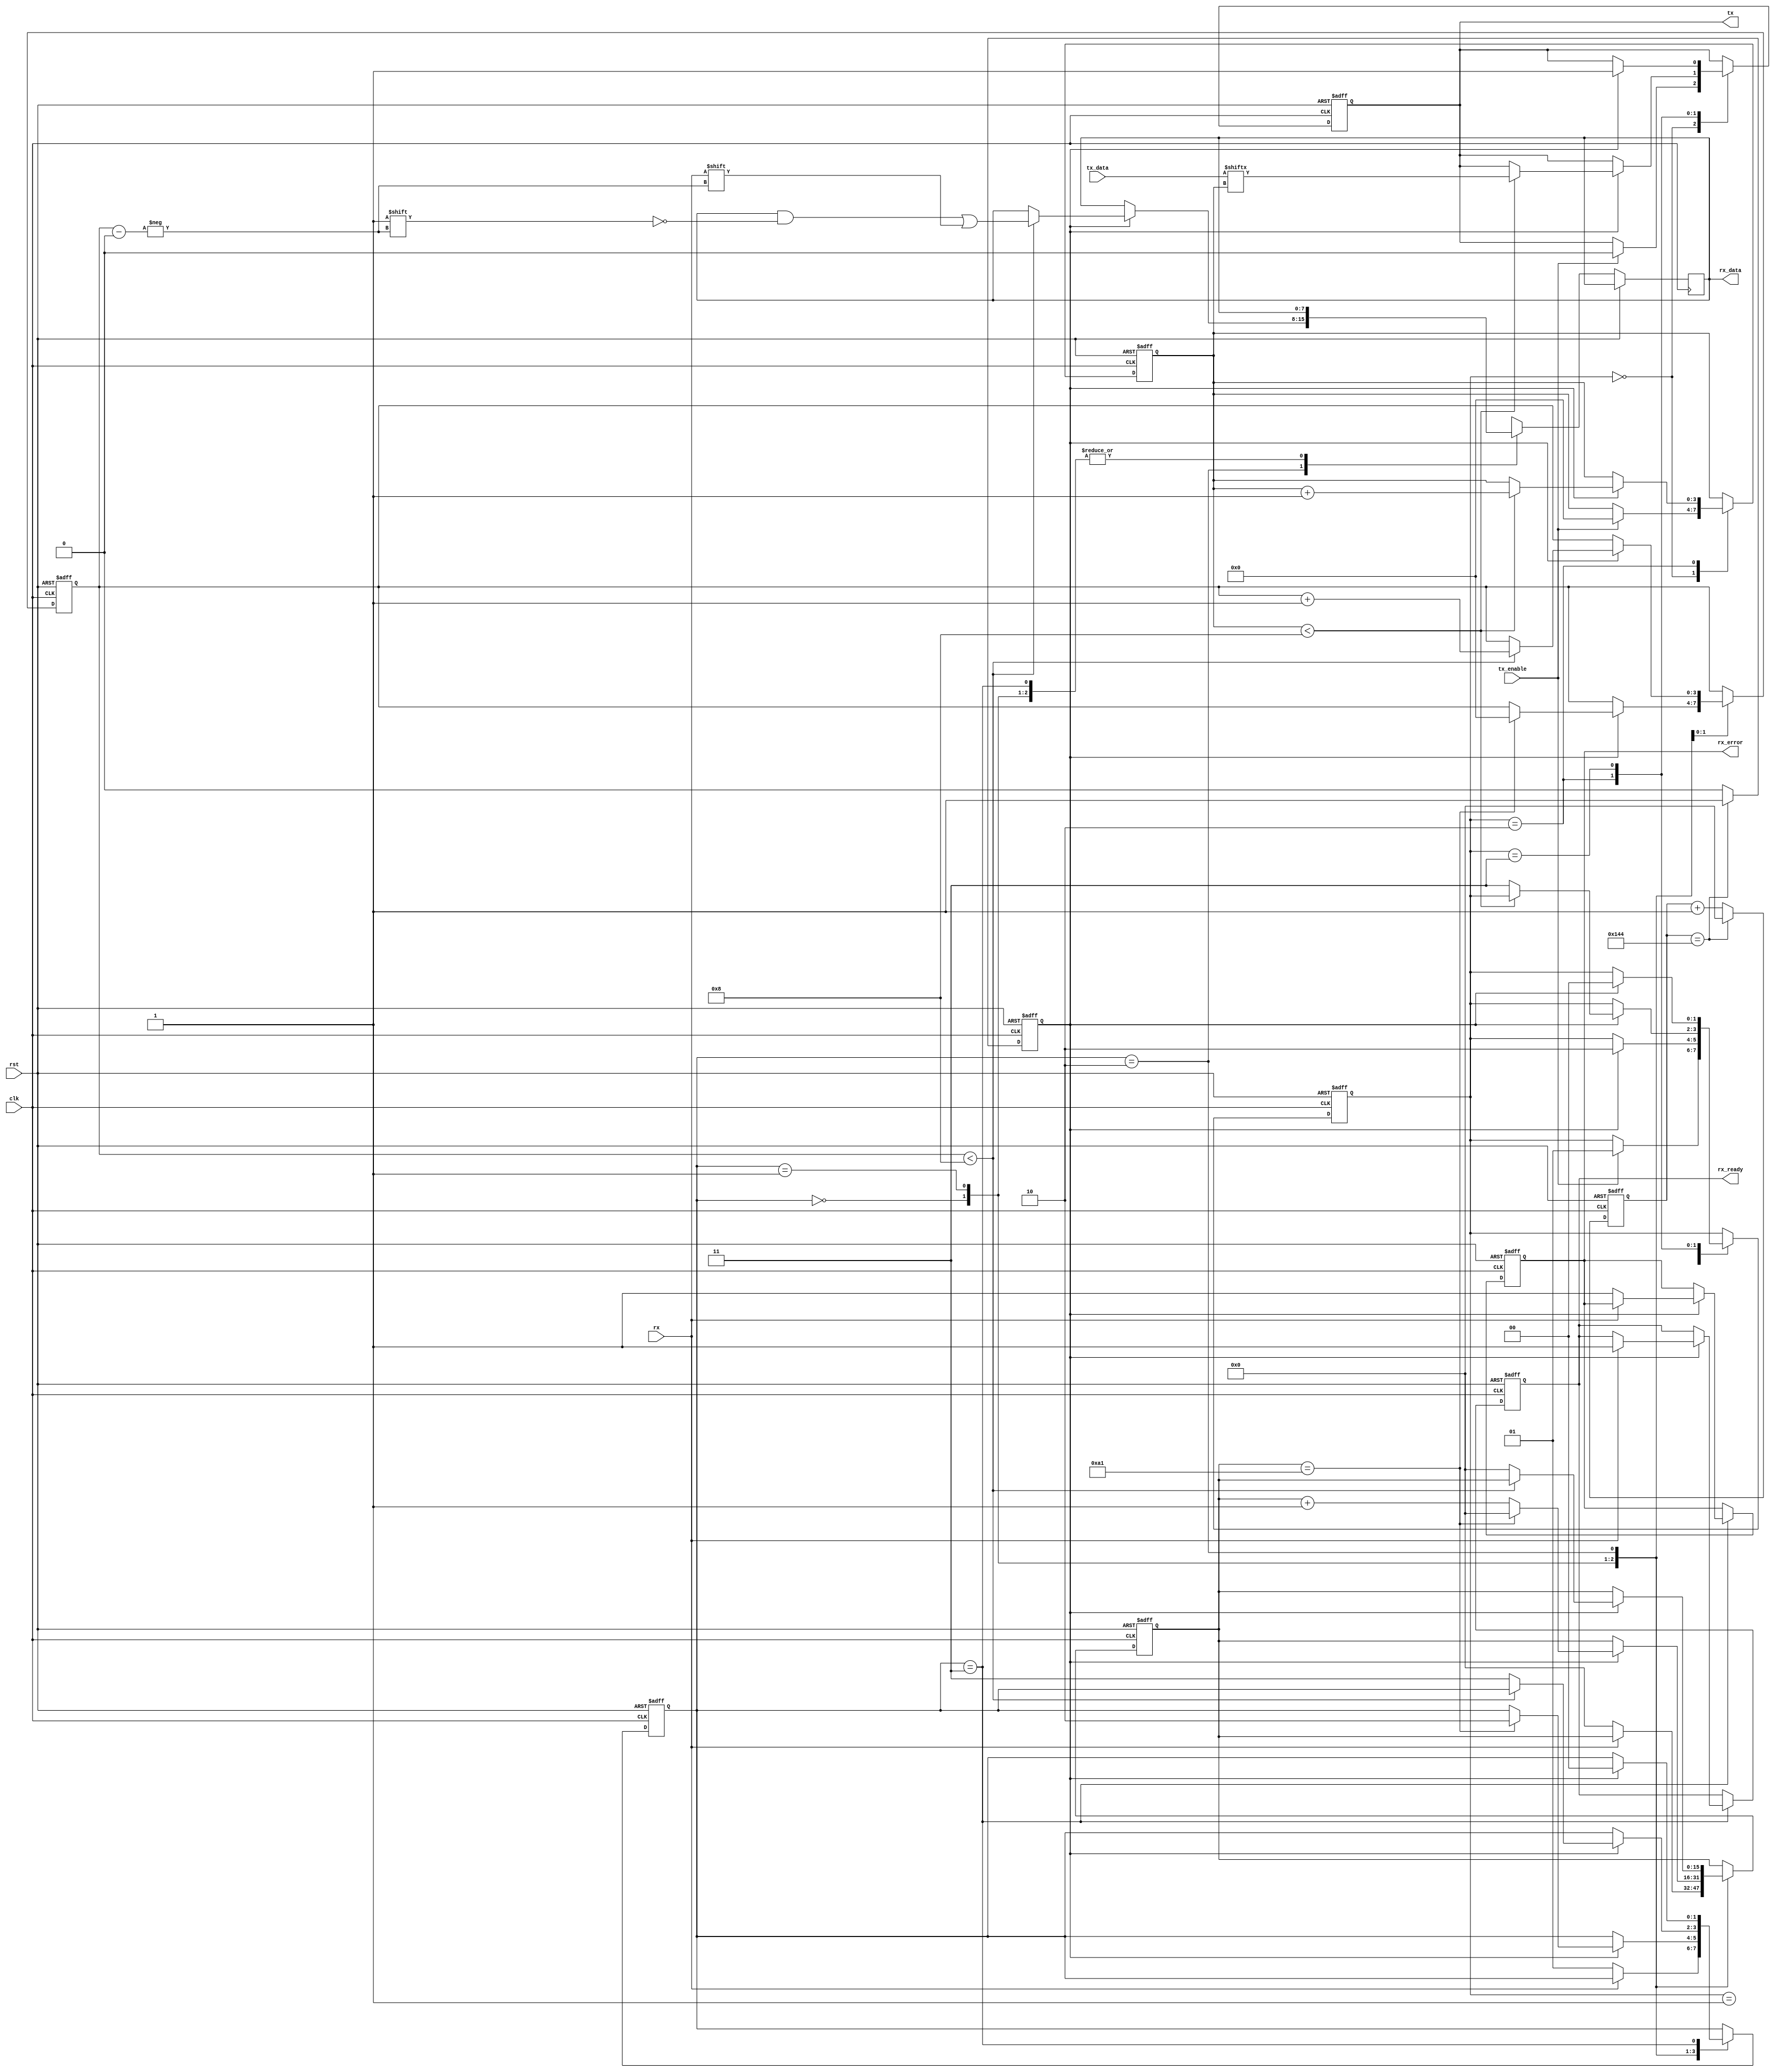
module parameterized_uart #(
    parameter BAUD_RATE = 9600,
    parameter DATA_BITS = 8,
    parameter STOP_BITS = 1,
    parameter PARITY = "NONE",  // Options: "NONE", "EVEN", "ODD"
    parameter CLOCK_FREQ = 50000000  // System clock frequency in Hz
)(
    input wire clk,               // System clock
    input wire rst,               // Reset signal
    input wire tx_enable,         // Transmit enable
    input wire [DATA_BITS-1:0] tx_data, // Data to transmit
    output reg tx,                // Serial transmit output
    input wire rx,                // Serial receive input
    output reg [DATA_BITS-1:0] rx_data, // Received data
    output reg rx_ready,          // Data ready signal
    output reg rx_error           // Error indication
);

    // Baud rate generator parameters
    localparam BAUD_DIV = CLOCK_FREQ / (BAUD_RATE * 16); // Oversampling by 16
    reg [15:0] baud_counter;      // Baud rate counter
    reg baud_tick;                // Baud tick signal

    // State definitions for TX
    localparam TX_IDLE = 2'b00, TX_START = 2'b01, TX_DATA = 2'b10, TX_STOP = 2'b11;
    reg [1:0] tx_state;
    reg [3:0] bit_index;          // Bit index for data transmission
    reg [15:0] tx_counter;        // TX bit counter

    // State definitions for RX
    localparam RX_IDLE = 2'b00, RX_START = 2'b01, RX_DATA = 2'b10, RX_STOP = 2'b11;
    reg [1:0] rx_state;
    reg [3:0] rx_bit_index;       // Bit index for data reception
    reg [15:0] rx_counter;        // RX bit counter

    // Baud rate generator
    always @(posedge clk or posedge rst) begin
        if (rst) begin
            baud_counter <= 0;
            baud_tick <= 0;
        end else begin
            if (baud_counter == BAUD_DIV - 1) begin
                baud_counter <= 0;
                baud_tick <= 1;
            end else begin
                baud_counter <= baud_counter + 1;
                baud_tick <= 0;
            end
        end
    end

    // Transmitter logic
    always @(posedge clk or posedge rst) begin
        if (rst) begin
            tx <= 1; // Idle state
            tx_state <= TX_IDLE;
            bit_index <= 0;
            tx_counter <= 0;
        end else begin
            case (tx_state)
                TX_IDLE: begin
                    if (tx_enable) begin
                        tx <= 0; // Start bit
                        tx_state <= TX_START;
                        bit_index <= 0;
                        tx_counter <= 0;
                    end
                end
                TX_START: begin
                    if (baud_tick) begin
                        tx_state <= TX_DATA;
                        tx_counter <= 0;
                    end
                end
                TX_DATA: begin
                    if (baud_tick) begin
                        if (bit_index < DATA_BITS) begin
                            tx <= tx_data[bit_index]; // Send data bit
                            bit_index <= bit_index + 1;
                        end else begin
                            // Handle parity bit
                            if (PARITY != "NONE") begin
                                tx <= (PARITY == "EVEN") ? ^tx_data : ~(^tx_data);
                                tx_state <= TX_STOP;
                            end else begin
                                tx_state <= TX_STOP;
                            end
                            tx_counter <= 0;
                        end
                    end
                end
                TX_STOP: begin
                    if (baud_tick) begin
                        tx <= 1; // Stop bit
                        tx_state <= TX_IDLE;
                    end
                end
            endcase
        end
    end

    // Receiver logic
    always @(posedge clk or posedge rst) begin
        if (rst) begin
            rx_state <= RX_IDLE;
            rx_bit_index <= 0;
            rx_counter <= 0;
            rx_ready <= 0;
            rx_error <= 0;
        end else begin
            case (rx_state)
                RX_IDLE: begin
                    if (rx == 0) begin // Start bit detected
                        rx_state <= RX_START;
                        rx_counter <= 0;
                    end
                end
                RX_START: begin
                    if (baud_tick) begin
                        if (rx_counter == (BAUD_DIV / 2) - 1) begin
                            rx_state <= RX_DATA;
                            rx_bit_index <= 0;
                            rx_counter <= 0;
                        end else begin
                            rx_counter <= rx_counter + 1;
                        end
                    end
                end
                RX_DATA: begin
                    if (baud_tick) begin
                        if (rx_bit_index < DATA_BITS) begin
                            rx_data[rx_bit_index] <= rx; // Sample data bit
                            rx_bit_index <= rx_bit_index + 1;
                        end else begin
                            // Handle parity checking
                            if (PARITY != "NONE") begin
                                // Implement parity checking logic here
                                // Set rx_error if parity check fails
                            end
                            rx_state <= RX_STOP;
                            rx_counter <= 0;
                        end
                    end
                end
                RX_STOP: begin
                    if (baud_tick) begin
                        if (rx == 1) begin // Check stop bit
                            rx_ready <= 1; // Data is ready
                        end else begin
                            rx_error <= 1; // Framing error
                        end
                        rx_state <= RX_IDLE;
                    end
                end
            endcase
        end
    end

endmodule